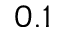
0 . 1